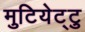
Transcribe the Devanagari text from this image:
मुटियेट्टु